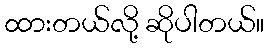
ထားတယ်လို့ ဆိုပါတယ်။